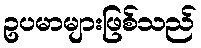
ဥပမာများဖြစ်သည်